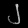
Digit: ၂